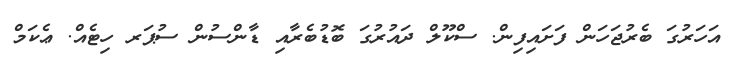
އަހަރުގަ ބެރުޖަހަން ފަށައިފިން. ސްކޫލް ދައުރުގަ ބޮޑުބެރާއި ޑާންސުން ސުޕަރ ހިޓެއް. ޢެކަމް